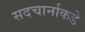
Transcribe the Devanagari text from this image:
सदचार्नाकडे